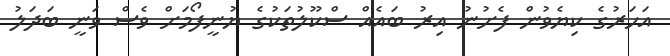
އަހަރުގެ ކިޔެވުން ފެށުނު އިރު ބައެއް ސްކޫލުތަކުގެ ޔުނީފޯމަށް ވެސް ވަނީ ބަދަލު